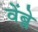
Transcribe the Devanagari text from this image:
वेंब्ले